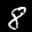
Label: 8